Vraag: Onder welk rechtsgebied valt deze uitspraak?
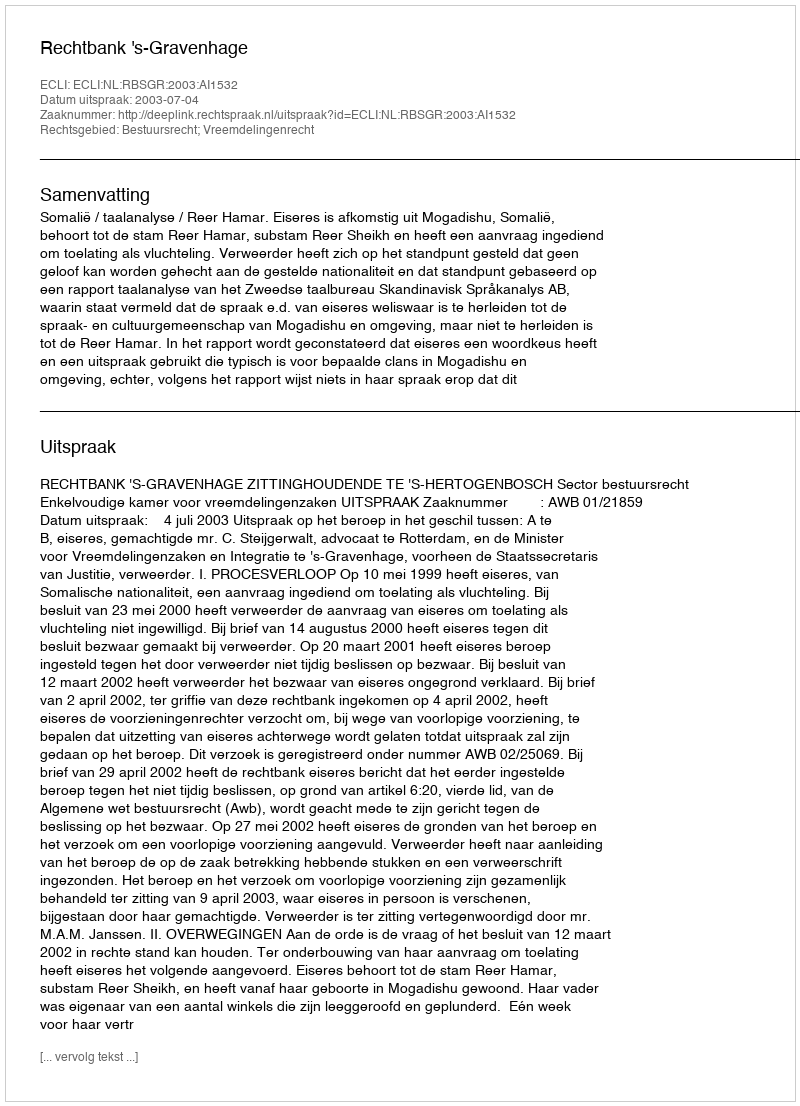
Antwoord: Bestuursrecht; Vreemdelingenrecht